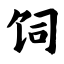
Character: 饲